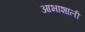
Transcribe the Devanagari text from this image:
आभाशाली